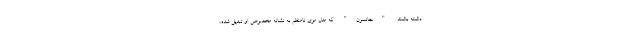
داشته باشند. "جانسون" که مدل موی نامنظم‌ به نشانه مخصوص او تبدیل شده،